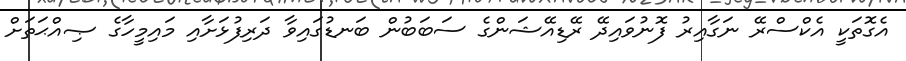
އެގޮތަކީ އެކްސްރޭ ނަގާއިރު ފޮނުވައިދޭ ރޭޑިއޭޝަންގެ ސަބަބުން ބަނޑުގައިވާ ދަރިފުޅަށާއި މައިމީހާގެ ޞިއްޙަތަށް